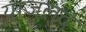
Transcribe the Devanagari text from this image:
याजलद